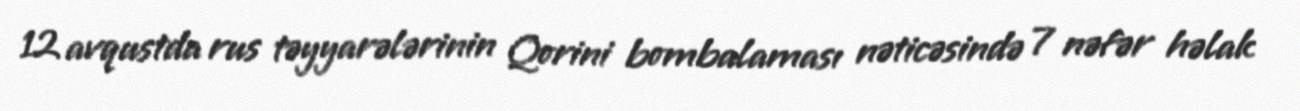
12 avqustda rus təyyarələrinin Qorini bombalaması nəticəsində 7 nəfər həlak